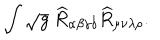
LaTeX: \int \sqrt { g } ~ \widehat { R } _ { \alpha \beta \gamma \delta } \widehat { R } _ { \mu \nu \lambda \rho } .